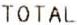
TOTAL